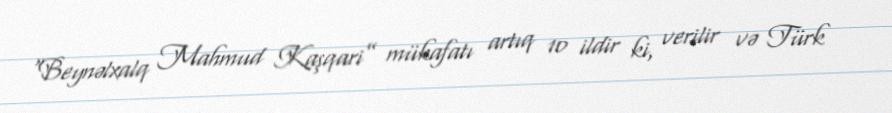
“Beynəlxalq Mahmud Kaşqari” mükafatı artıq 10 ildir ki, verilir və Türk